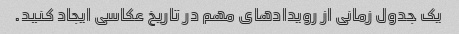
یک جدول زمانی از رویدادهای مهم در تاریخ عکاسی ایجاد کنید.